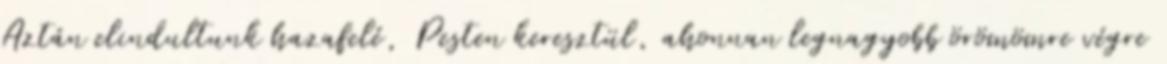
Aztán elindultunk hazafelé, Pesten keresztül, ahonnan legnagyobb örömömre végre